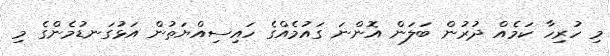
މި ހުރިހާ ކަމެއް ދުރުން ބަލަން އޮންނަ ގައުމެއްގެ ހައިސިއްޔަތުން އަޅުގަނޑުމެންގެ މި